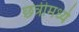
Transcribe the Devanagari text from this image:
छत्रीमध्ये